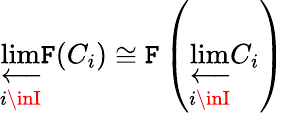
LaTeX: \varprojlim_{i\inI}\mathtt{F}(C_{i})\cong\mathtt{F}\left(\varprojlim_{i\inI}C_{i}\right)